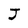
Character: J